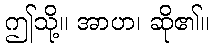
ဤသို့။ အာဟ၊ ဆို၏။